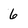
Character: 6